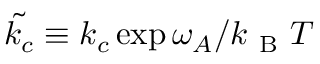
\tilde { k _ { c } } \equiv k _ { c } \exp { \omega _ { A } / k _ { \mathrm { ~ B ~ } } T }